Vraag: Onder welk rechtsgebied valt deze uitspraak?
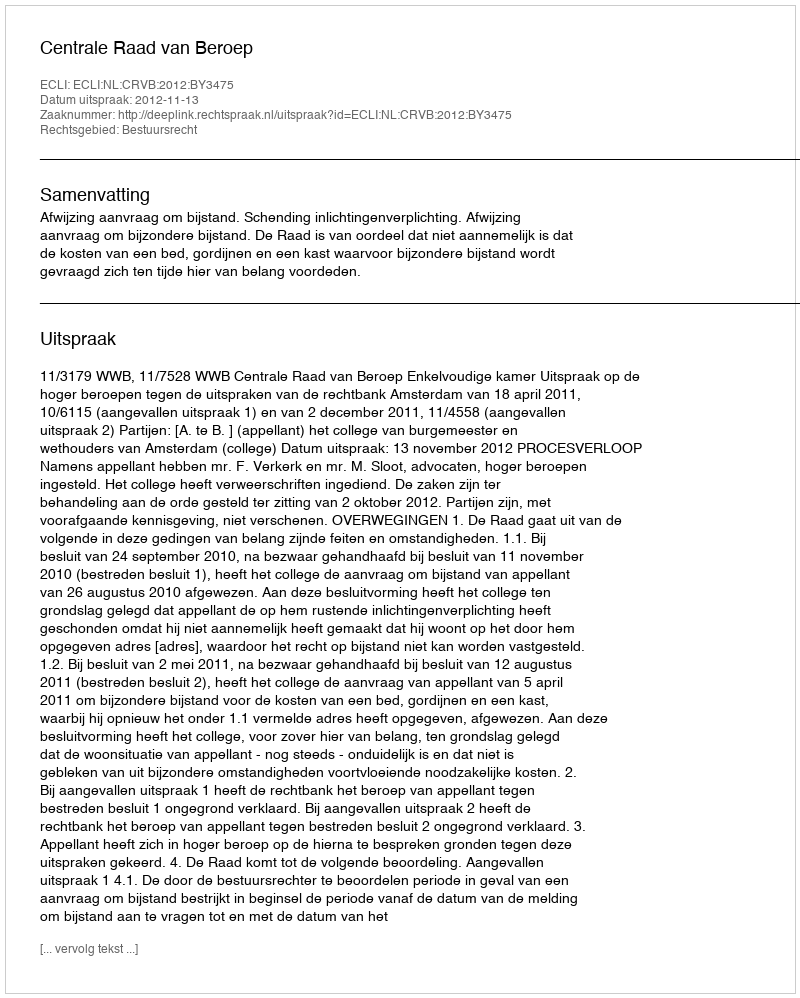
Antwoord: Bestuursrecht